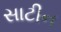
સાટીન